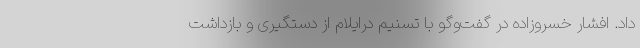
داد. افشار خسروزاده در گفت‌وگو با تسنیم درایلام از دستگیری و بازداشت